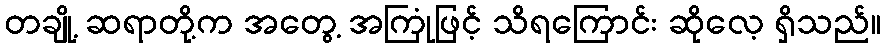
တချို့ ဆရာတို့က အတွေ့ အကြုံဖြင့် သိရကြောင်း ဆိုလေ့ ရှိသည်။